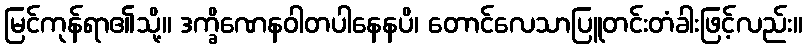
မြင်ကုန်ရာ၏သို့။ ဒက္ခိဏေနဝါတပါနေနပိ၊ တောင်လေသာပြူတင်းတံခါးဖြင့်လည်း။